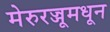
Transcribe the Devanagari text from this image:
मेरुरज्जूमधून